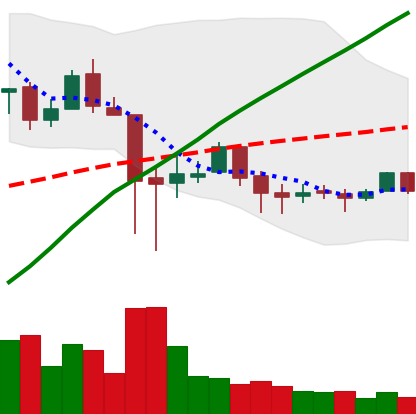
Ticker: LTC-USD
Chart end date: 2018-01-29
Forward return: -11.788%
Label: down_7plus